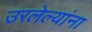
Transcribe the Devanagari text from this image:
उरलेल्यांना